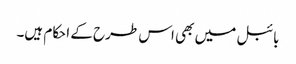
بائبل میں بھی اس طرح کے احکام ہیں۔